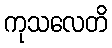
ကုသလေတိ